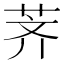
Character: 荠